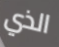
الذي